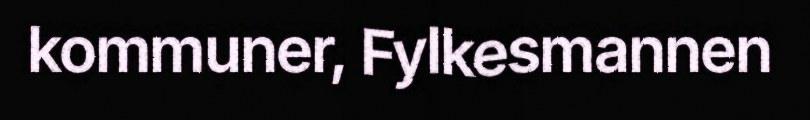
kommuner, Fylkesmannen